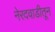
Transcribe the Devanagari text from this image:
नेरदवाडीतून